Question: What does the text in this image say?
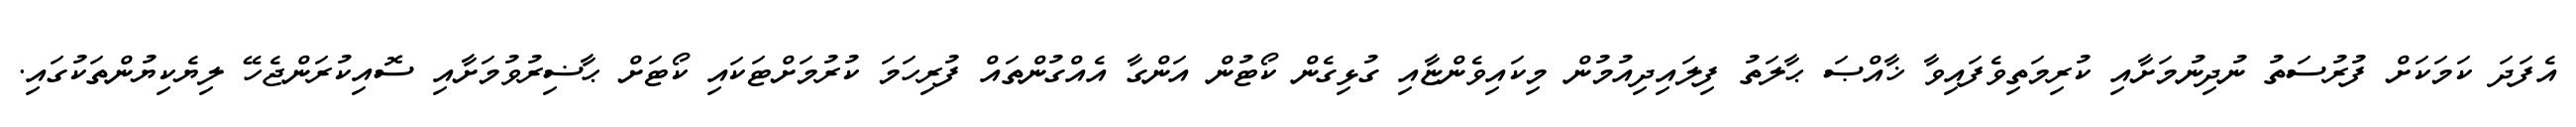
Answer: އެފަދަ ކަމަކަށް ފުރުސަތު ނުދިނުމަށާއި ކުރިމަތިވެފައިވާ ޚާއްޞަ ޙާލަތު ފިލައިދިއުމުން މިކައިވެންޏާއި ގުޅިގެން ކޯޓުން އަންގާ އެއްގުންތައް ފުރިހަމަ ކުރުމަށްޓަކައި ކޯޓަށް ޙާޟިރުވުމަށާއި ސޮއިކުރަންޖެހޭ ލިޔެކިޔުންތަކުގައި.